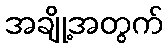
အချို့အတွက်